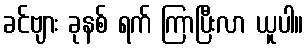
ခင်ဗျား ခုနစ် ရက် ကြာပြီးလာ ယူပါ။